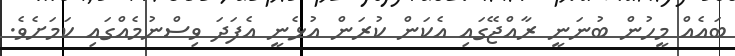
ބައެއް މީހުން ބުނަނީ ރާއްޖޭގައި އެކަން ކުރަން އުޅެނީ އެފަދަ ވިސްނުމެއްގައި ކަމަށެވެ.